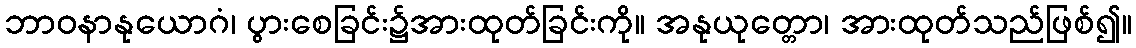
ဘာဝနာနုယောဂံ၊ ပွားစေခြင်း၌အားထုတ်ခြင်းကို။ အနုယုတ္တော၊ အားထုတ်သည်ဖြစ်၍။